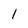
Character: 1